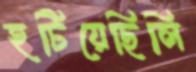
হটিয়েছিলি